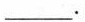
___.